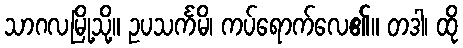
သာဂလမြို့သို့။ ဥပသင်္ကမိ၊ ကပ်ရောက်လေ၏။ တဒါ၊ ထို